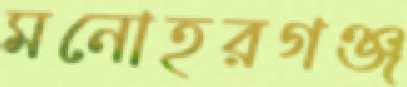
মনোহরগঞ্জ